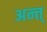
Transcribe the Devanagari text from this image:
अन्त्